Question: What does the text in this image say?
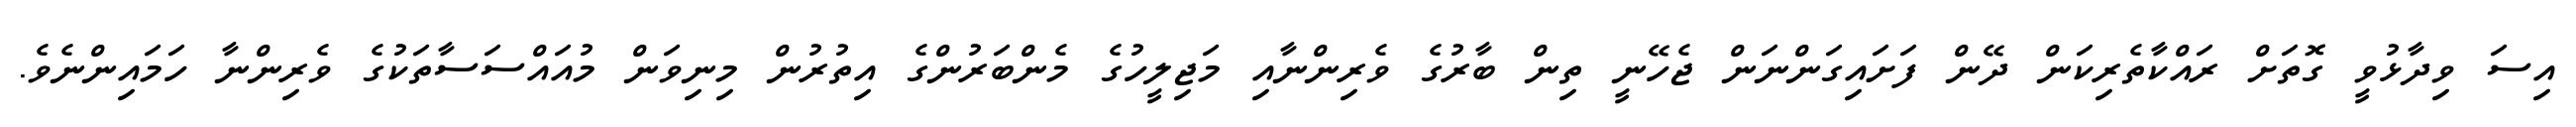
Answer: އިސަ ވިދާޅުވީ ގޮތަށް ރައްކާތެރިކަން ދޭން ފަށައިގަންނަން ޖެހޭނީ ތިން ބާރުގެ ވެރިންނާއި މަޖިލީހުގެ މެންބަރުންގެ އިތުރުން މިނިވަން މުއައްސަސާތަކުގެ ވެރިންނާ ހަމައިންނެވެ.